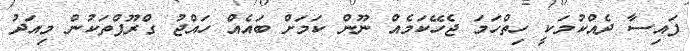
ފައިސާ ދެއްކުމަކީ ހިތްހަމަ ޖެހޭކަމެއް ނޫން ކަމަށް ބައެއް ހައްޖު ގްރޫޕްތަކުން މިއަދު